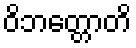
ဝိဘတ္တောတိ